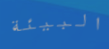
البيئة